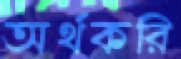
অর্থকরি